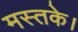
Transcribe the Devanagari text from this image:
मस्तके।